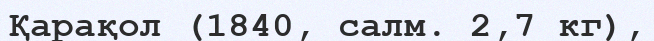
Қарақол (1840, салм. 2,7 кг),